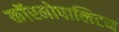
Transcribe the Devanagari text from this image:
कॉस्मोपालिटन